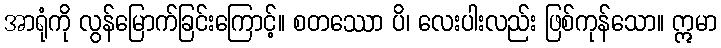
အာရုံကို လွန်မြောက်ခြင်းကြောင့်။ စတဿော ပိ၊ လေးပါးလည်း ဖြစ်ကုန်သော။ ဣမာ